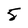
Character: 5